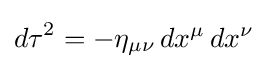
{d\tau }^{2}=-\eta _{\mu \nu }\,dx^{\mu }\,dx^{\nu }